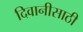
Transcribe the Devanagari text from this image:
दिवानीसाठी